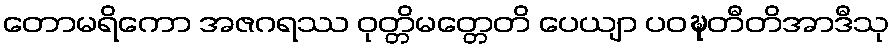
တောမရိကော အဇဂရဿ ဝုတ္တိမတ္တေတိ ပေယျာ ပဝဍ္ဎတီတိအာဒီသု